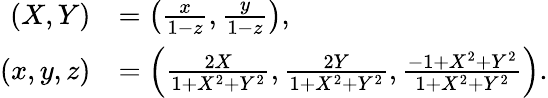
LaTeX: {\begin{array}{rl}{(X,Y)}&{=\left({\frac{x}{1-z}},{\frac{y}{1-z}}\right),}\\ {(x,y,z)}&{=\left({\frac{2X}{1+X^{2}+Y^{2}}},{\frac{2Y}{1+X^{2}+Y^{2}}},{\frac{-1+X^{2}+Y^{2}}{1+X^{2}+Y^{2}}}\right).}\end{array}}